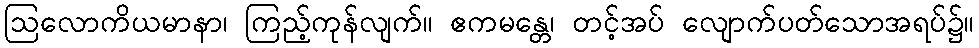
ဩလောကိယမာနာ၊ ကြည့်ကုန်လျက်။ ဧကမန္တေ၊ တင့်အပ် လျောက်ပတ်သောအရပ်၌။